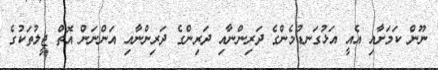
ނޫން ކަމަށާއި އެއީ އަޅުގަނޑުމެންގެ ދަރިންނާއި ދަރިންގެ ދަރިންނާއި އަންނަން އޮތް ޖީލުތަކުގެ